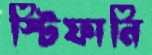
স্টিফানি